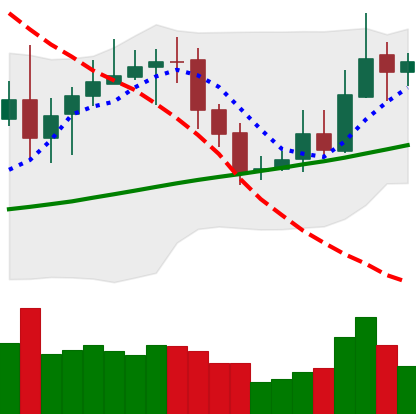
Ticker: XRP-USD
Chart end date: 2020-10-24
Forward return: -5.513%
Label: down_5_7